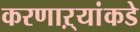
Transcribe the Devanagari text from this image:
करणाऱ्यांकडे